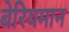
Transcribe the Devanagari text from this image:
बेरियमान